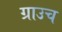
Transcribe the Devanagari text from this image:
ग्राउच